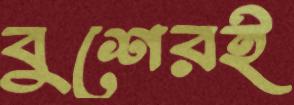
বুশেরই